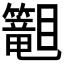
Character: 𬕾